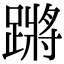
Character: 蹡